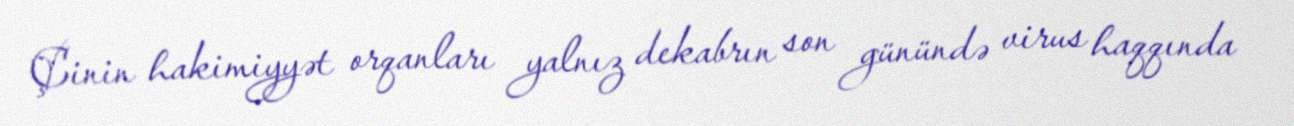
Çinin hakimiyyət orqanları yalnız dekabrın son günündə virus haqqında